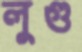
লুগু